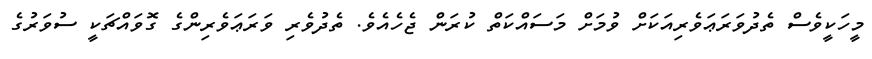
މީހަކީވެސް ތެދުވަރަޢަވެރިއަކަށް ވުމަށް މަސައްކަތް ކުރަން ޖެހެއެވެ. ތެދުވެރި ވަރަޢަވެރިންގެ ގޮވައްޗަކީ ސުވަރުގެ